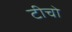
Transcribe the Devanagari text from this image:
टीचो